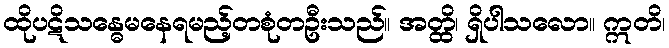
ထိုပဋိသန္ဓေမနေရမည့်တစုံတဦးသည်။ အတ္ထိ၊ ရှိပါသလော။ ဣတိ၊